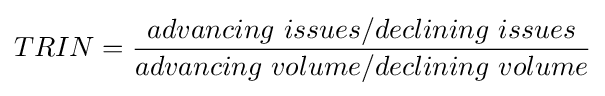
TRIN={\frac {advancing\ issues/declining\ issues}{advancing\ volume/declining\ volume}}